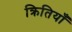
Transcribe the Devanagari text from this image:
क्रितियाँ